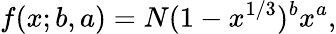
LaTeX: f(x;b,a)=N(1-x^{1/3})^{b}x^{a},